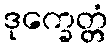
ဒုက္ခေတ္တံ